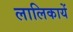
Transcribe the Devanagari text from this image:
लालिकायें